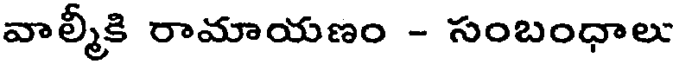
వాల్మీకి రామాయణం - సంబంధాలు